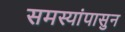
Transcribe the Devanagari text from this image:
समस्यांपासुन